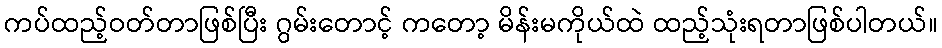
ကပ်ထည့်ဝတ်တာဖြစ်ပြီး ဂွမ်းတောင့် ကတော့ မိန်းမကိုယ်ထဲ ထည့်သုံးရတာဖြစ်ပါတယ်။